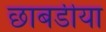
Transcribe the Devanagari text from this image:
छाबडीया